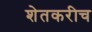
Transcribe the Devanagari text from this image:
शेतकरीच